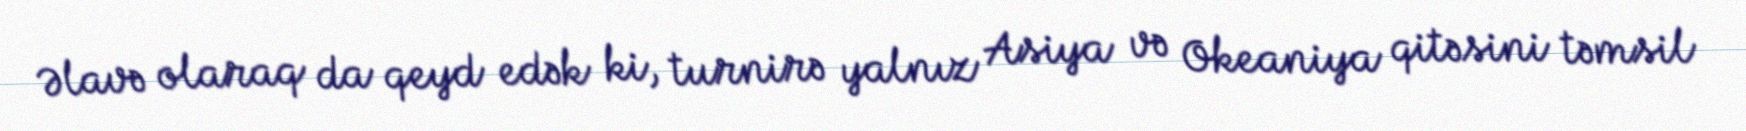
Əlavə olaraq da qeyd edək ki, turnirə yalnız Asiya və Okeaniya qitəsini təmsil